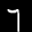
Label: 7